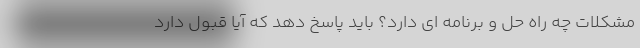
مشکلات چه راه حل و برنامه ای دارد؟ باید پاسخ دهد که آیا قبول دارد